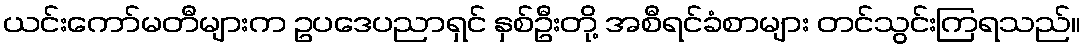
ယင်းကော်မတီများက ဥပဒေပညာရှင် နှစ်ဦးတို့ အစီရင်ခံစာများ တင်သွင်းကြရသည်။